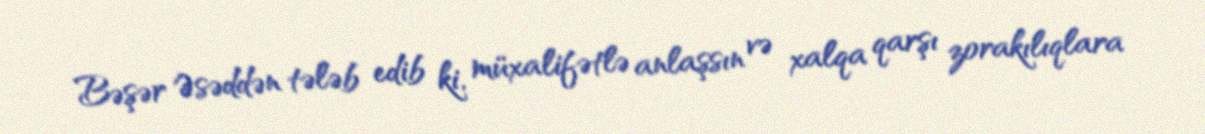
Bəşər Əsəddən tələb edib ki, müxalifətlə anlaşsın və xalqa qarşı zorakılıqlara